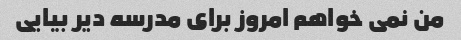
من نمی خواهم امروز برای مدرسه دیر بیایی